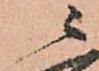
ニ